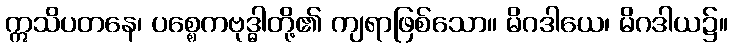
ဣသိပတနေ၊ ပစ္စေကဗုဒ္ဓါတို့၏ ကျရာဖြစ်သော။ မိဂဒါယေ၊ မိဂဒါယ၌။